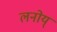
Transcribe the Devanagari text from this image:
लनोय्